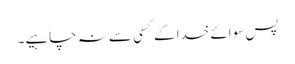
پس سوائے خدا کے کسی سے نہ چاہیے۔